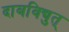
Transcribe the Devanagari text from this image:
दाबविद्युत्‌